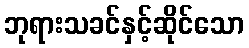
ဘုရားသခင်နှင့်ဆိုင်သော